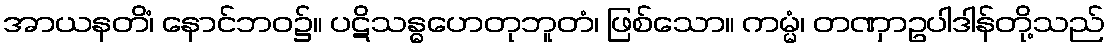
အာယနတိံ၊ နောင်ဘဝ၌။ ပဋိသန္ဓဟေတုဘူတံ၊ ဖြစ်သော။ ကမ္မံ၊ တဏှာဥပါဒါန်တို့သည်